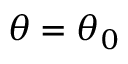
\theta = \theta _ { 0 }